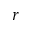
r